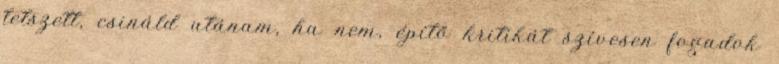
tetszett, csináld utánam, ha nem, építő kritikát szívesen fogadok